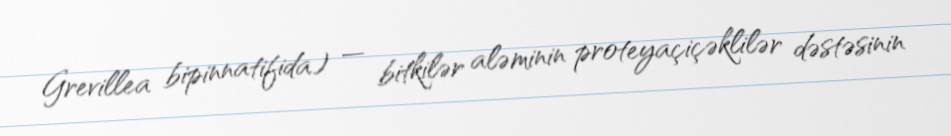
Grevillea bipinnatifida) — bitkilər aləminin proteyaçiçəklilər dəstəsinin